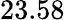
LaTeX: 23.58